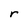
Character: r